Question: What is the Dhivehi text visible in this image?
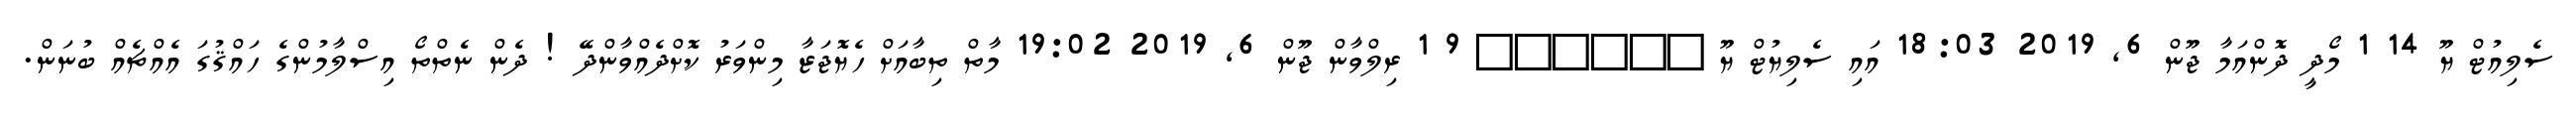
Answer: ސެލިއުޓް ޔޫ 14 1 މޯދީ ދޮންއަމާ ޖޫން 6, 2019 18:03 އައި ސެލިޔުޓް ޔޫ ?????? 9 1 ރިލްވާން ޖޫން 6, 2019 19:02 މާތް ތިބާއަށް ހެޔޮޖަޒާ މިންވަރު ކޮށްދެއްވާންދޭ ! ދެން ނެތްތޯ އިސްލާމުންގެ ހައްޤުގަ އެއްޗެއް ބުނަން.